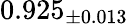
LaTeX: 0.925_{\pm 0.013}